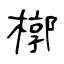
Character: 槨